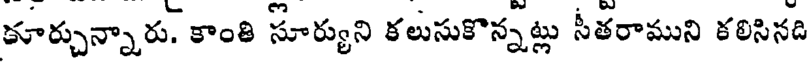
కూర్చున్నారు. కాంతి సూర్యుని కలుసుకొన్నట్లు సీతరాముని కలిసినది